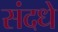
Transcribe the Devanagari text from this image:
संदधे